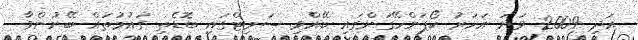
އަދި 2009 ވަނަ އަހަރު ކޯޕަންހޭގަންގައި ބޭއްވި ސަމިޓްގައި ބޮޑެތި ގައުމުތައް ބޭނުންވާ